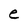
Character: e